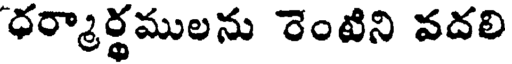
ధర్మార్థములను రెంటిని వదలి